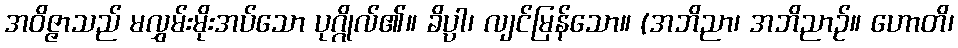
အဝိဇ္ဇာသည် မလွှမ်းမိုးအပ်သော ပုဂ္ဂိုလ်၏။ ခိပ္ပါ၊ လျင်မြန်သော။ (အဘိညာ၊ အဘိညာဉ်။ ဟောတိ၊